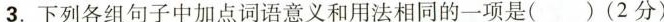
3.下列各组句子中加点词语意义和用法相同的一项是 ( )(2分)